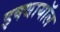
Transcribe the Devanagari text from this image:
इक्थायॉल